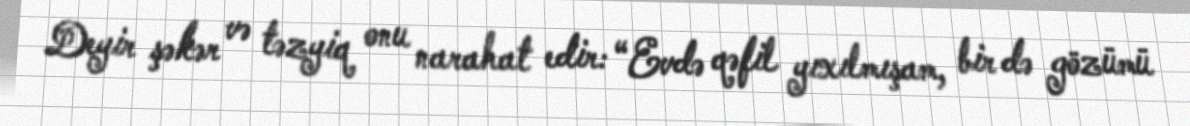
Deyir şəkər və təzyiq onu narahat edir: “Evdə qəfil yıxılmışam, bir də gözümü